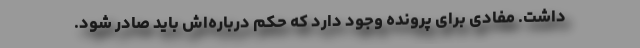
داشت. مفادی برای پرونده وجود دارد که حکم درباره‌اش باید صادر شود.